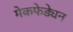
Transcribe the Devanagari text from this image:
मेकफेड्येन